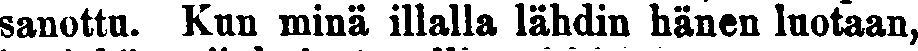
sanottu. Kun minä illalla lähdin hänen luotaan,